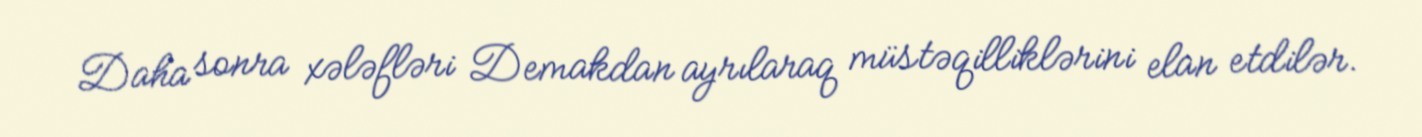
Daha sonra xələfləri Demakdan ayrılaraq müstəqilliklərini elan etdilər.